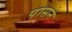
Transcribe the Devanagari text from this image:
पासने